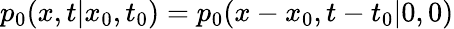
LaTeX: p_{0}(x,t|x_{0},t_{0})=p_{0}(x-x_{0},t-t_{0}|0,0)